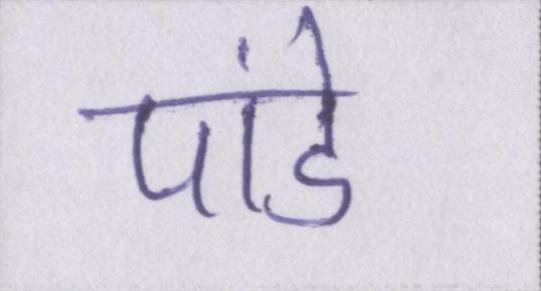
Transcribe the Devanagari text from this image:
पांडे